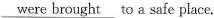
\underline{were brought} to a safe place.